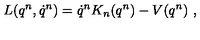
L ( q ^ { n } , \dot { q } ^ { n } ) = \dot { q } ^ { n } K _ { n } ( q ^ { n } ) - V ( q ^ { n } ) \ ,